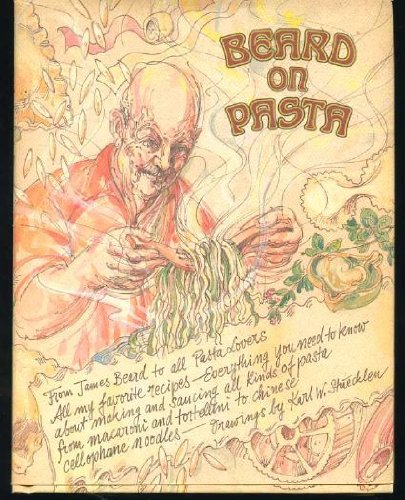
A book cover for Beard on Pasta; James Beard; Cookbooks, Food & Wine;